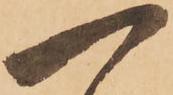
一